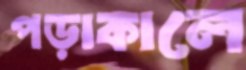
পড়াকালে